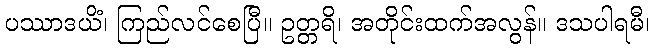
ပဿာဒယိံ၊ ကြည်လင်စေပြီ။ ဥတ္တရိ၊ အတိုင်းထက်အလွန်။ ဒသပါရမီ၊